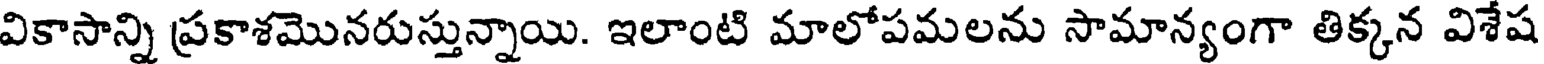
వికాసాన్ని ప్రకాశమొనరుస్తున్నాయి. ఇలాంటి మాలోపమలను సామాన్యంగా తిక్కన విశేష